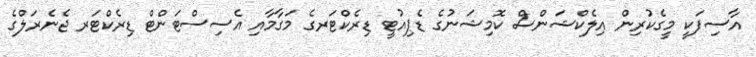
އާސިފަކީ މީގެކުރިން އިލެކްޝަންސް ކޮމިޝަނުގެ ޑެޕިއުޓީ ޑިރެކްޓަރގެ މަގާމާއި އެސިސްޓަންޓް ޑިރެކްޓަރ ޖެނެރަލްގެ